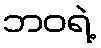
ဘဝရဲ့